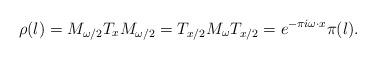
LaTeX: \begin{align*}\rho(\l) = M_{\omega/2} T_x M_{\omega/2} = T_{x/2} M_\omega T_{x/2} = e^{-\pi i \omega \cdot x} \pi(\l).\end{align*}